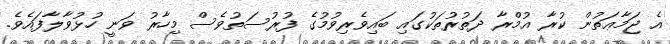
އެ ޖަމާޢަތުން ކުރާ އުމްރާ ދަތުރުތަކުގައި ބައިވެރިވުމުގެ ފުރުސަތުވެސް މިހާރު ވަނީ ހުޅުވާލާފައެވެ.